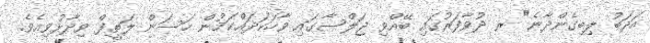
އަދަބު ލިބިގެންދާނެ" ރ ދުވާފަރުގައި ބޭއްވި ޖަލްސާގައި ވާހަކަދައްކަމުން ހަސަން ލަތީފް ވިދާޅުވިއެވެ.